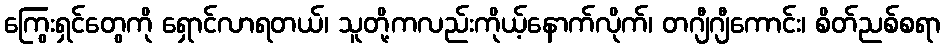
ကြွေးရှင်တွေကို ရှောင်လာရတယ်၊ သူတို့ကလည်းကိုယ့်နောက်လိုက်၊ တဂျီဂျီကောင်း၊ စိတ်ညစ်စရာ